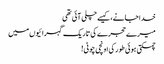
خدا جانے، کیسے چلی آئی تھی
میرے حجرے کی تاریک گہرائیوں میں
چمکتی ہوئی طور کی اونچی چوٹی!